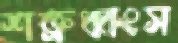
শত্রুধ্বংস